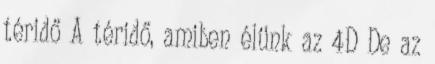
téridő A téridő, amiben élünk az 4D De az